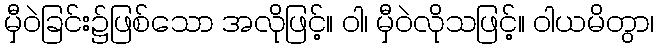
မှီဝဲခြင်း၌ဖြစ်သော အလိုဖြင့်။ ဝါ၊ မှီဝဲလိုသဖြင့်။ ဝါယမိတွာ၊